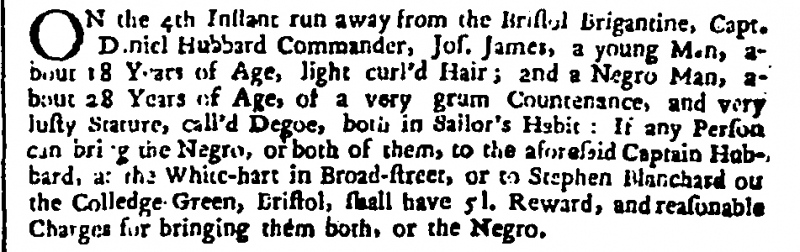
London Gazette, 17 January 1710 (England)
On the 4th Instant run away from the Bristol Brigantine, Capt. Daniel Hubbard Commander, Jos. James, a young Man, about 18 Years of Age, light curl’d Hair; and a Negro Man, about 28 Years of Age, of a very gram Countenance, and very lusty Stature, call’d Degoe, both in Sailor’s Habit: If any Person can bring the Negro, or both of them, to the aforesaid Captain Hubbard, at the White-hart in Broad-street, or to Stephen Blanchard o[] the Colledge-Green, Bristol, shall have 5 l. Reward, and reasonable Charges for bringing them both, or the Negro.